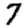
Digit: 7